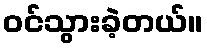
ဝင်သွားခဲ့တယ်။